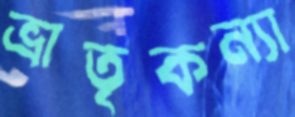
ভ্রাতৃকন্যা